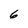
Character: 6